Vaccination report Assam 1874-1896 - 1874-1896
Year: 1874
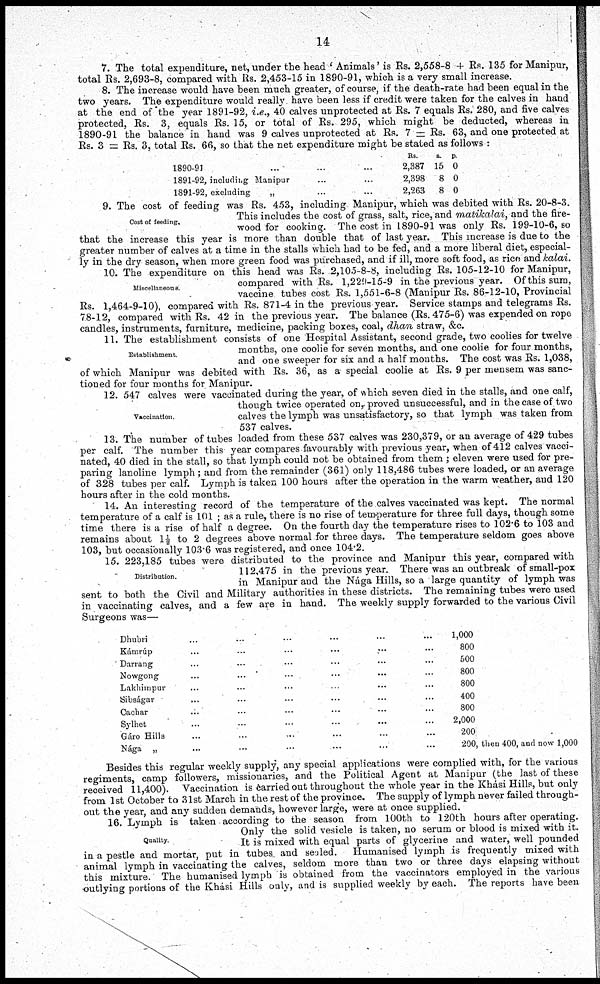
14
7. The total expenditure, net,under the head ' Animals' is Rs. 2,558-8 + Rs. 135 for Manipur,
total Rs. 2,693-8, compared with Rs. 2,453-15 in 1890-91, which is a very small increase.
8. The increase would have been much greater, of course, if the death-rate had been equal in the
two years. The expenditure would really have been less if credit were taken for the calves in hand
at the end of the year 1891-92, i.e., 40 calves unprotected at Rs. 7 equals Rs. 280, and five calves
protected, Rs. 3, equals Rs. 15, or total of Rs. 295, which might be deducted, whereas in
1890-91 the balance in hand was 9 calves unprotected at Rs. 7 = Rs. 63, and one protected at
Rs. 3 = Rs. 3, total Rs. 66, so that the net expenditure might be stated as follows :
1890-91 ... ... ...
1891-92, including Manipur ... ...
1891-92, excluding
„ ... ...
Rs.
2,387
2,398
2,263
a.
15
8
8
p.
0
0
0
Cost of feeding.
9. The cost of feeding was Rs. 453, including Manipur, which was debited with Rs. 20-8-3.
This includes the cost of grass, salt, rice, and matikalai, and the fire-
wood for cooking. The cost in 1890-91 was only Rs. 199-10-6, so
that the increase this year is more than double that of last year. This increase is due to the
greater number of calves at a time in the stalls which had to be fed, and a more liberal diet, especial-
ly in the dry season, when more green food was purchased, and if ill, more soft food, as rice and kalai.
Miscellaneous.
10. The expenditure on this head was Rs. 2,105-8-8, including Rs. 105-12-10 for Manipur,
compared with Rs. 1,229-15-9 in the previous year. Of this sum,
vaccine tubes cost Rs. 1,551-6-8 (Manipur Rs. 86-12-10, Provincial
Rs. 1,464-9-10), compared with Rs. 871-4 in the previous year. Service stamps and telegrams Rs.
78-12, compared with Rs. 42 in the previous year. The balance (Rs. 475-6) was expended on rope
candles, instruments, furniture, medicine, packing boxes, coal, dhan straw, &c.
Establishment
11. The establishment consists of one Hospital Assistant, second grade, two coolies for twelve
months, one coolie for seven months, and one coolie for four months,
and one sweeper for six and a half months. The cost was Rs. 1,038,
of which Manipur was debited with Rs. 36, as a special coolie at Rs. 9 per mensem was sanc-
tioned for four months for Manipur.
Vaccination.
12. 547 calves were vaccinated during the year, of which seven died in the stalls, and one calf,
though twice operated on, proved unsuccessful, and in the case of two
calves the lymph was unsatisfactory, so that lymph was taken from
537 calves.
13. The number of tubes loaded from these 537 calves was 230,379, or an average of 429 tubes
per calf. The number this year compares favourably with previous year, when of 412 calves vacci-
nated, 40 died in the stall, so that lymph could not be obtained from them ; eleven were used for pre-
paring lanoline lymph; and from the remainder (361) only 118,486 tubes were loaded, or an average
of 328 tubes per calf. Lymph is taken 100 hours after the operation in the warm weather, and 120
hours after in the cold months.
14. An interesting record of the temperature of the calves vaccinated was kept. The normal
temperature of a calf is 101 ; as a rule, there is no rise of temperature for three full days, though some
time there is a rise of half a degree. On the fourth day the temperature rises to 102.6 to 103 and
remains about 1½ to 2 degrees above normal for three days. The temperature seldom goes above
103, but occasionally 103.6 was registered, and once 104.2.
Distribution
15. 223,185 tubes were distributed to the province and Manipur this year, compared with
112,475 in the previous year. There was an outbreak of small-pox
in Manipur and the Nága Hills, so a large quantity of lymph was
sent to both the Civil and Military authorities in these districts. The remaining tubes were used
in vaccinating calves, and a few are in hand. The weekly supply forwarded to the various Civil
Surgeons was—
Dhubri
... ... ... ... ... ...
Kámrúp ... ... ... ... ... ...
Darrang ... ... ... ... ... ...
Nowgong ... ... ... ... ... ...
Lakhimpur ... ... ... ... ... ...
Sibságar ... ... ... ... ... ...
Cachar ... ... ... ... ... ...
Sylhet ... ... ... ... ... ...
Gáro Hills ... ... ... ... ... ...
Nága „ ... ... ... ... ... ...
1,000
800
500
800
800
400
800
2,000
200
200, then 400, and now 1,000
Besides this regular weekly supply, any special applications were complied with, for the various
regiments, camp followers, missionaries, and the Political Agent at Manipur (the last of these
received 11,400). Vaccination is carried out throughout the whole year in the Khási Hills, but only
from 1st October to 31st March in the rest of the province. The supply of lymph never failed through-
out the year, and any sudden demands, however large, were at once supplied.
Quality.
16. Lymph is taken according to the season from 100th to 120th hours after operating.
Only the solid vesicle is taken, no serum or blood is mixed with it.
It is mixed with equal parts of glycerine and water, well pounded
in a pestle and mortar, put in tubes and sealed. Humanised lymph is frequently mixed with
animal lymph in vaccinating the calves, seldom more than two or three days elapsing without
this mixture. The humanised lymph is obtained from the vaccinators employed in the various
outlying portions of the Khási Hills only, and is supplied weekly by each. The reports have been